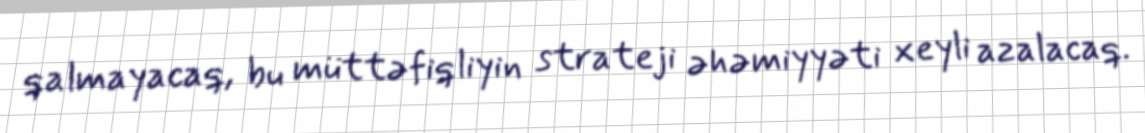
qalmayacaq, bu müttəfiqliyin strateji əhəmiyyəti xeyli azalacaq.